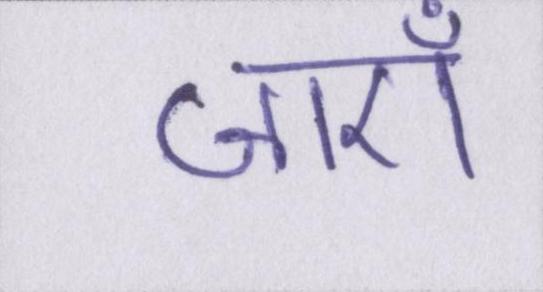
जाएँ